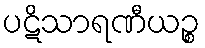
ပဋိသာရဏီယဉ္စ